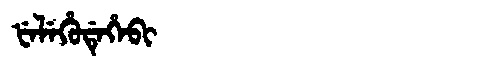
Manchu: ᡶᡝᠯᡝᡥᡠᡩᡝᡥᡝᠪᡳ
Romanization: FELEHUDEHEBI